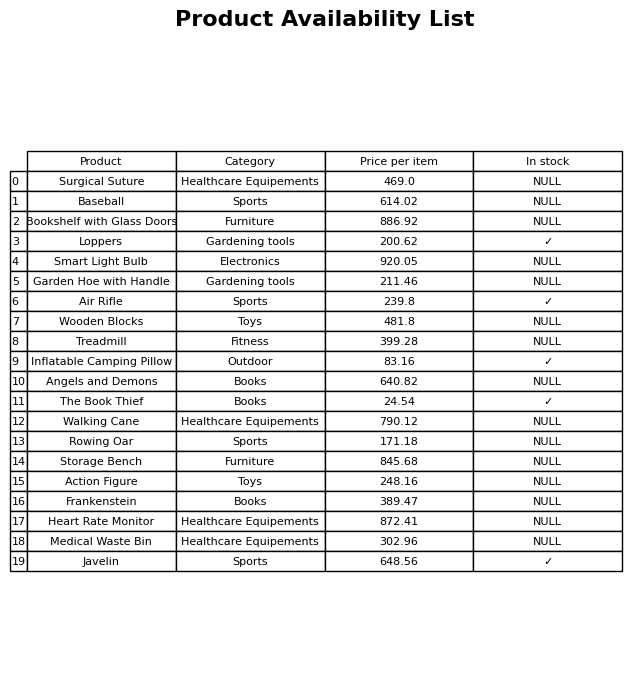
question: What is the stock status of the Inflatable Camping Pillow?
answer: ✓